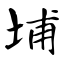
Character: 埔